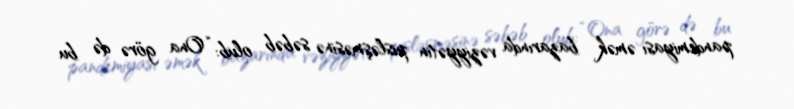
pandemiyası əmək bazarında vəziyyətin pisləşməsinə səbəb olub: “Ona görə də bu